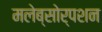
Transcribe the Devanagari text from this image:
मलेब्सोर्पशन